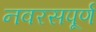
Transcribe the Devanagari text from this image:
नवरसपूर्ण